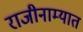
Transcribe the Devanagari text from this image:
राजीनाम्यात